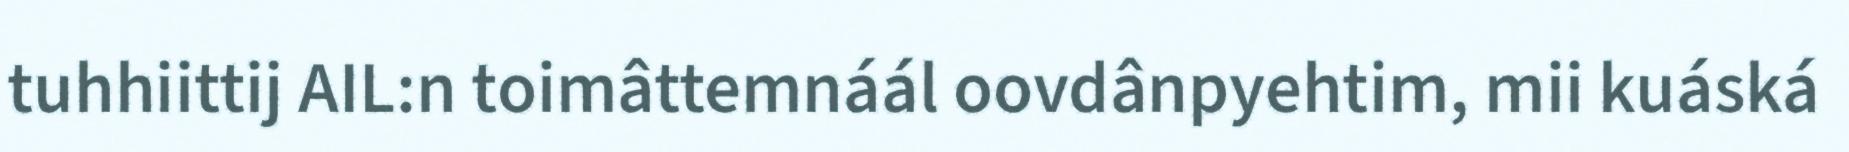
tuhhiittij AIL:n toimâttemnáál oovdânpyehtim, mii kuáská